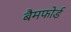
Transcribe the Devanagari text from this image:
बैमफोर्ड